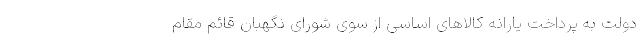
دولت به پرداخت یارانه کالاهای اساسی از سوی شورای نگهبان قائم مقام